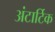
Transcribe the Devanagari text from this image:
अंटार्टिक